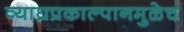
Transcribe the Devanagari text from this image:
व्याघ्रप्रकाल्पानमुळेच